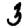
Digit: 3